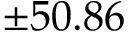
\pm 5 0 . 8 6 \